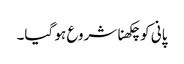
پانی کو چکھنا شروع ہو گیا۔